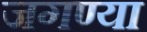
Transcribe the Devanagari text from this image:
जगण्या